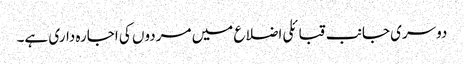
دوسری جانب قبائلی اضلاع میں مردوں کی اجارہ داری ہے۔